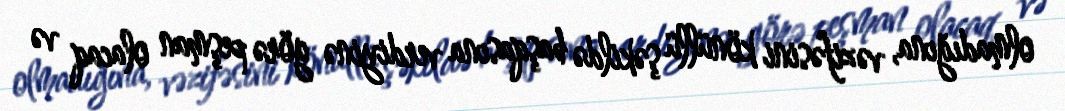
olmadığına, vəzifəsini könüllü şəkildə başqasına verdiyinə görə peşman olacaq və